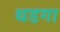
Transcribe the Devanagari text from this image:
थडगा